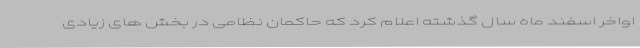
اواخر اسفند ماه سال گذشته اعلام کرد که حاکمان نظامی در بخش های زیادی